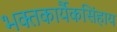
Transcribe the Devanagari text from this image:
भक्तकार्यैकसिंहाय